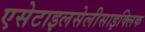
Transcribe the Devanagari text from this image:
एसेटाइलसेलीसाइक्लिक